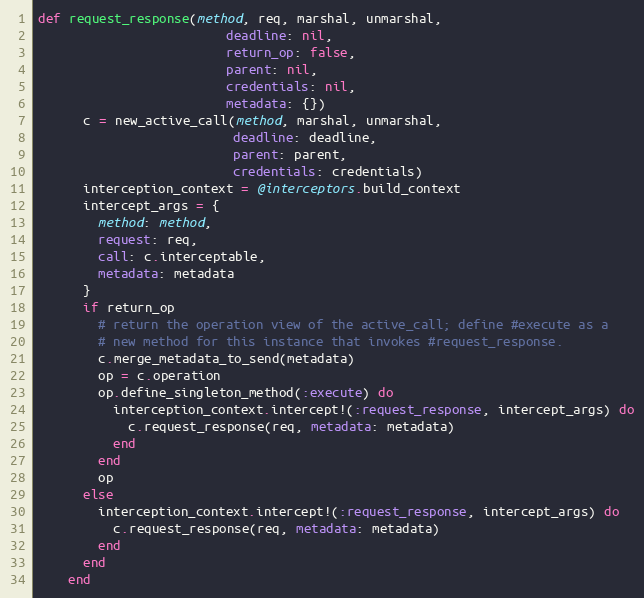
Language: Ruby
def request_response(method, req, marshal, unmarshal,
                         deadline: nil,
                         return_op: false,
                         parent: nil,
                         credentials: nil,
                         metadata: {})
      c = new_active_call(method, marshal, unmarshal,
                          deadline: deadline,
                          parent: parent,
                          credentials: credentials)
      interception_context = @interceptors.build_context
      intercept_args = {
        method: method,
        request: req,
        call: c.interceptable,
        metadata: metadata
      }
      if return_op
        # return the operation view of the active_call; define #execute as a
        # new method for this instance that invokes #request_response.
        c.merge_metadata_to_send(metadata)
        op = c.operation
        op.define_singleton_method(:execute) do
          interception_context.intercept!(:request_response, intercept_args) do
            c.request_response(req, metadata: metadata)
          end
        end
        op
      else
        interception_context.intercept!(:request_response, intercept_args) do
          c.request_response(req, metadata: metadata)
        end
      end
    end